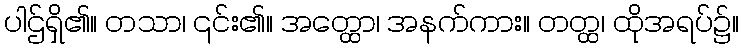
ပါဌ်ရှိ၏။ တသာ၊ ၎င်း၏။ အတ္ထော၊ အနက်ကား။ တတ္ထ၊ ထိုအရပ်၌။